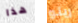
هذا رينو